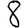
Digit: 8